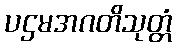
ပဌမအဂတိသုတ္တံ